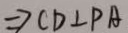
\Rightarrow C D \bot P A